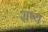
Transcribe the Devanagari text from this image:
शष्य